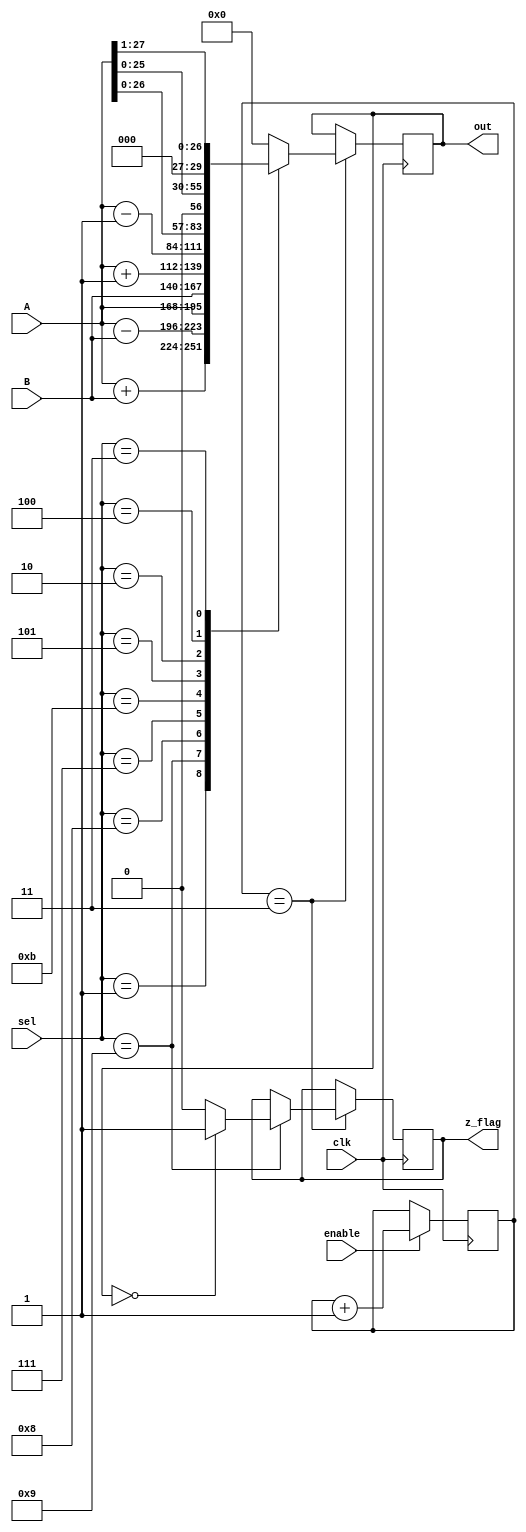
`timescale 1ns / 1ps
//////////////////////////////////////////////////////////////////////////////////
// Company: 
// Engineer: 
// 
// Design Name: 
// Module Name: ALU
// Project Name: 
// Target Devices: 
// Tool Versions: 
// Description: 
// 
// Dependencies: 
// 
// Revision:
// Revision 0.01 - File Created
// Additional Comments:
// 
//////////////////////////////////////////////////////////////////////////////////


module ALU1(
    input enable,
    input clk,
    input [27:0] A,
    input [27:0] B,
    output reg [27:0] out,
    output reg z_flag,
    input [3:0] sel
    );

    parameter ADD = 4'b0001;
    parameter LSHIFT1 = 4'b0010;
    parameter RSHIFT1 = 4'b0011;
    parameter LSHIFT8 = 4'b0100;
    parameter DEAC = 4'b0101;
    parameter RESET = 4'b0110;
    parameter PASS_B = 4'b0111;
    parameter PASS_A = 4'b1000;
    parameter SUB = 4'b1001;
    parameter INCAC = 4'b1011;

    //events performed at positive edge
    
    reg [1:0] state = 2'b0;
    
    initial 
        begin
            out = 24'b0;
            z_flag = 1'b0;
        end
        
    always @(posedge clk)
        if (enable==1'b1)
            begin
            state<=state+1;           
            end    
        
    
    always @(posedge clk)
    begin
        if (state==2'b11)
            begin
                case(sel)
                ADD:
                    out<=A+B;
                SUB:
                    begin
                    out<=A-B;
                    if (out==28'b0)
                        z_flag = 1'b1;
                    else
                        z_flag = 1'b0;
                     end
                PASS_A:
                    out<=A;
                PASS_B:
                    out<=B;
                INCAC:
                    out<=A+1;
                DEAC:
                    out<=A-1;
                LSHIFT1:
                    out<=A<<1;
                LSHIFT8:
                    out<=A<<2;   
                RSHIFT1:
                    out<=A>>1;
                RESET:
                    out<=24'b0;
                default:
                    out<=24'b0;
                    
                    
                endcase 
             end      
    end    
endmodule